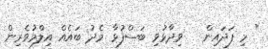
" މި ފަދައިން   ވިދާޅުވި ބަސްފުޅާ މެދު ބައެއް އިލްމުވެރިން